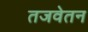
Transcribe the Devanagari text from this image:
तजवेतन